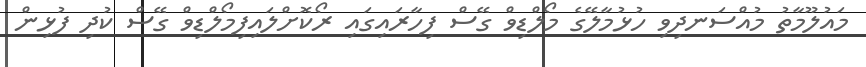
މައުލޫމާތު މުއްސަނދިވި ހުޅުމާލޭގެ މޯލްޑިވް ގޭސް ފިހާރައިގައި ރޯކޮށްލައިފިމޯލްޑިވް ގޭސް ކުދިި ފުޅިން